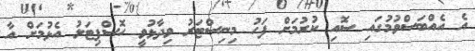
އެ އެއްބަސްވުމުގައި ސޮއި ކުރުމަށް ފަހު މިނިސްޓަރު ވިދާޅުވީ ހޮސްޕިޓަލު އެޅުމަށް އާ